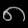
Digit: ၈